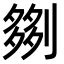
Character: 𫦗